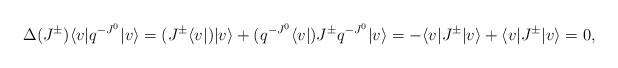
LaTeX: \begin{align*}\Delta (J^{\pm})\langle v|q^{-J^{0}}|v\rangle=(J^{\pm}\langle v|)|v\rangle +(q^{-J^{0}}\langle v|) J^{\pm} q^{-J^{0}}|v\rangle= -\langle v| J^{\pm}|v\rangle + \langle v|J^{\pm}|v\rangle = 0,\end{align*}